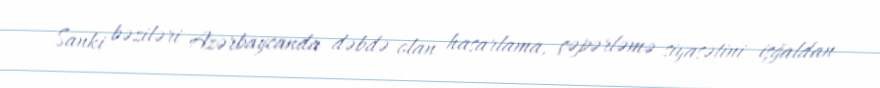
Sanki bəziləri Azərbaycanda dəbdə olan hasarlama, çəpərləmə siyasətini işğaldan